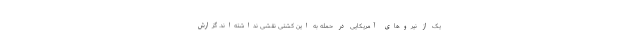
یک از نیروهای آمریکایی در حمله به این کشتی نقشی نداشته‌اند. گزارش